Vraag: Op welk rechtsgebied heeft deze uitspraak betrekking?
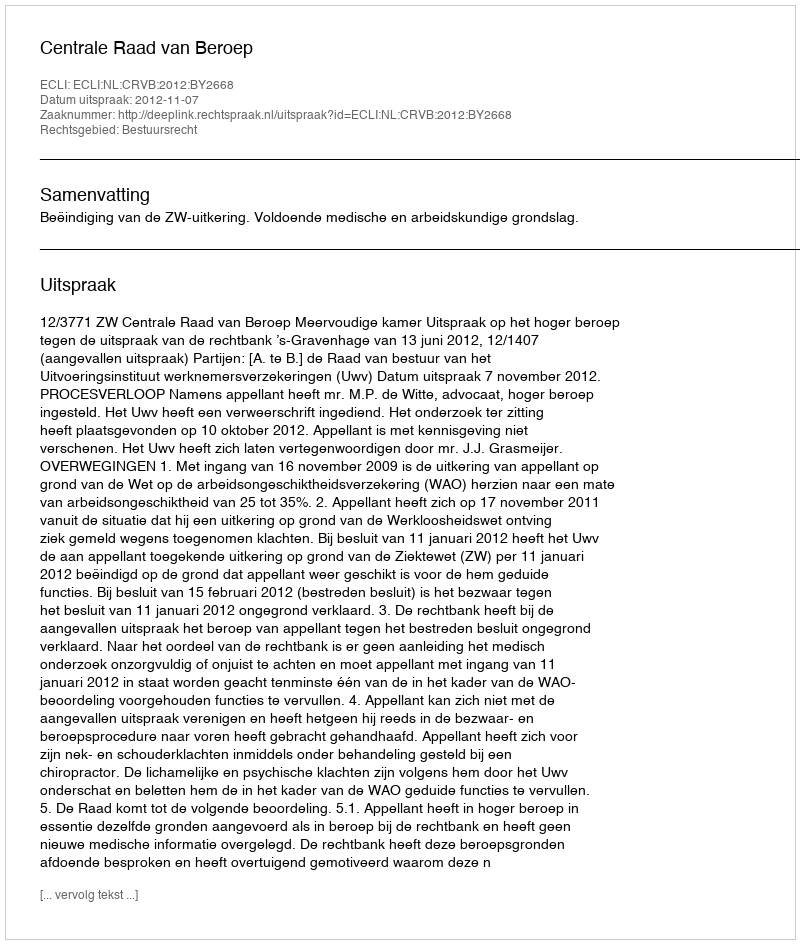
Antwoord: Bestuursrecht